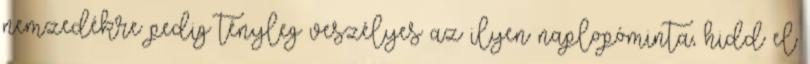
nemzedékre pedig tényleg veszélyes az ilyen naplopóminta, hidd el